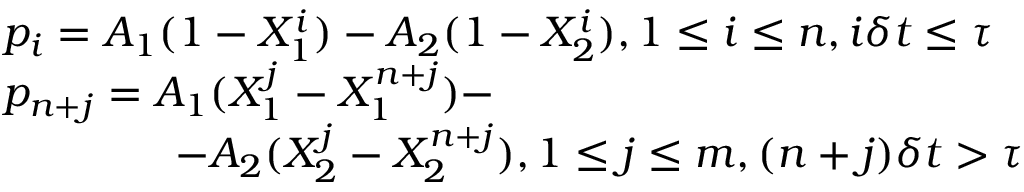
\begin{array} { r l } & { p _ { i } = A _ { 1 } ( 1 - X _ { 1 } ^ { i } ) - A _ { 2 } ( 1 - X _ { 2 } ^ { i } ) , 1 \leq i \leq n , i \delta t \leq \tau } \\ & { p _ { n + j } = A _ { 1 } ( X _ { 1 } ^ { j } - X _ { 1 } ^ { n + j } ) - } \\ & { \qquad \qquad - A _ { 2 } ( X _ { 2 } ^ { j } - X _ { 2 } ^ { n + j } ) , 1 \leq j \leq m , ( n + j ) \delta t > \tau } \end{array}